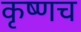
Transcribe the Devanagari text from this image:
कृष्णच